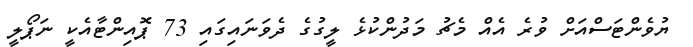
ޔުވެންޓަސްއަށް ވުރެ އެއް މެޗު މަދުންކުޅެ ލީގުގެ ދެވަނައިގައި 73 ޕޮއިންޓާއެކީ ނަޕޯލީ